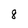
Character: 8